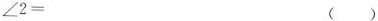
$$∠ 2 =$$ ()